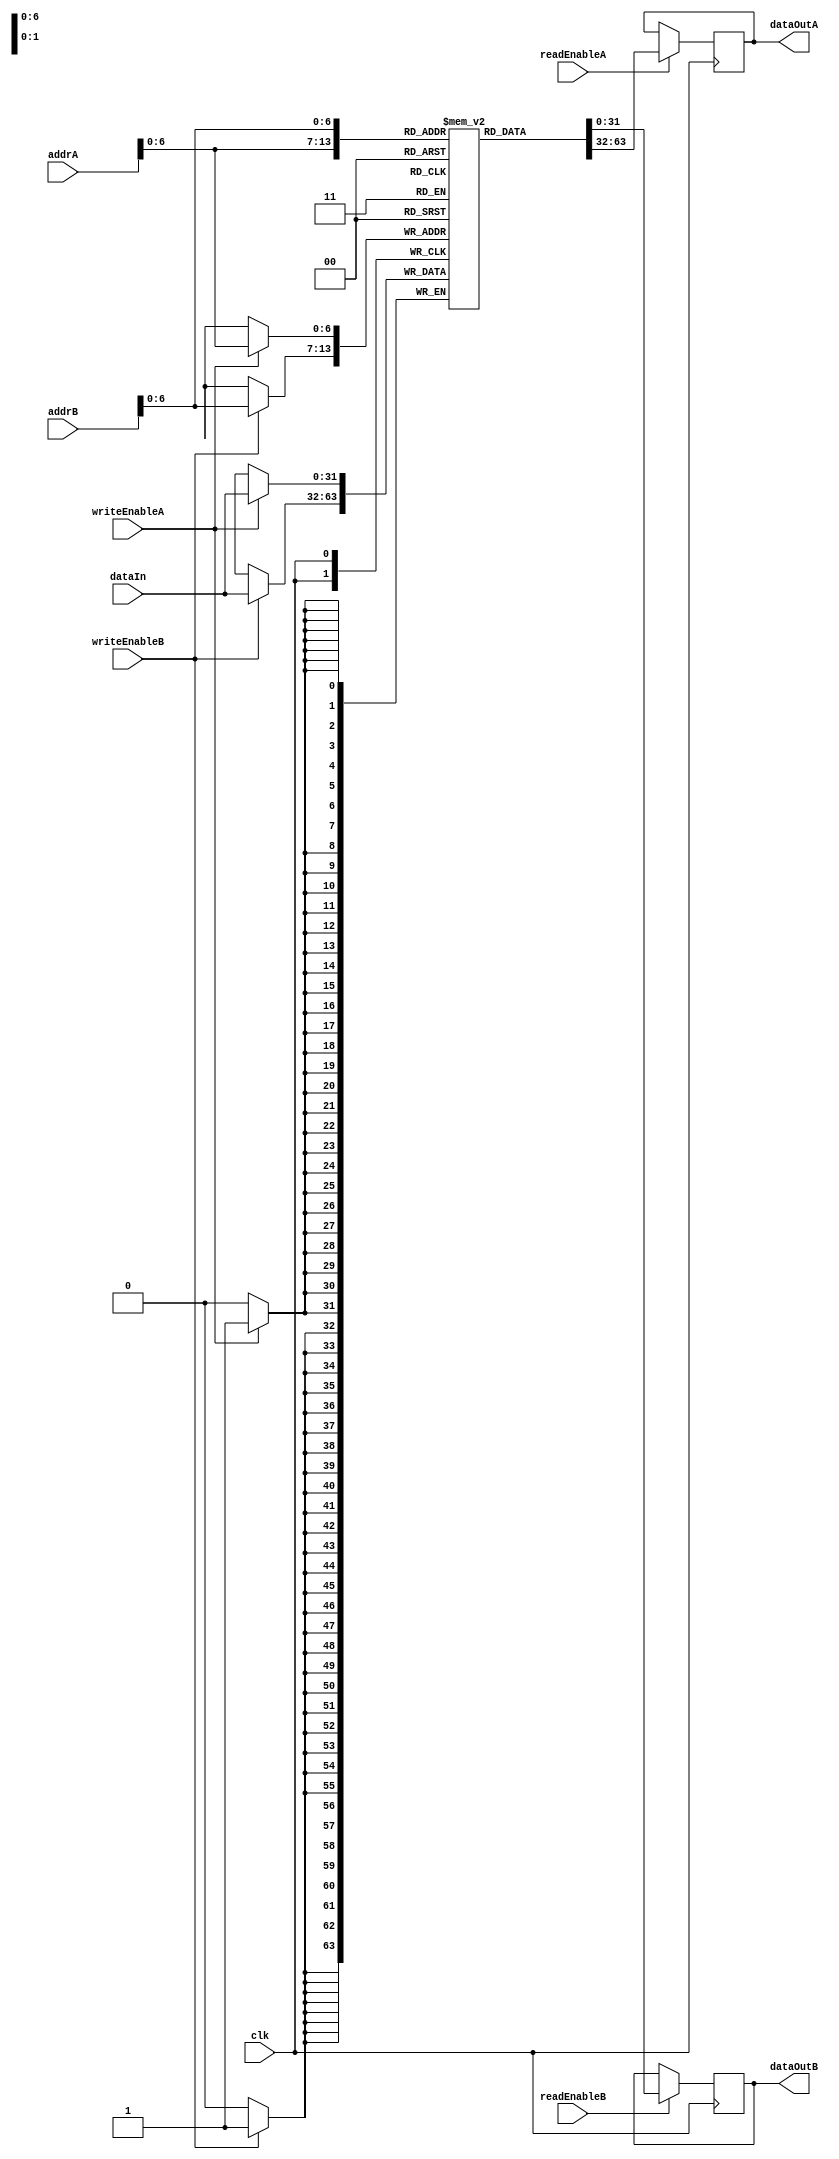
module dual_port_ram (
    input clk,
    input [31:0] addrA,
    input [31:0] addrB,
    input [31:0] dataIn,
    input writeEnableA,
    input writeEnableB,
    input readEnableA,
    input readEnableB,
    output reg [31:0] dataOutA,
    output reg [31:0] dataOutB
);

reg [31:0] memory [0:127];

always @(posedge clk) begin
    if (writeEnableA) begin
        memory[addrA] <= dataIn;
    end

    if (writeEnableB) begin
        memory[addrB] <= dataIn;
    end
    
    if (readEnableA) begin
        dataOutA <= memory[addrA];
    end

    if (readEnableB) begin
        dataOutB <= memory[addrB];
    end
end

endmodule